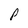
Character: p